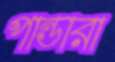
পান্ডারা